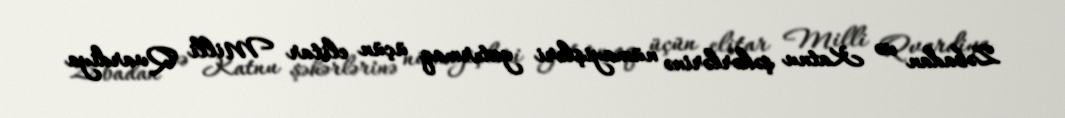
Zəbadan və Katnu şəhərlərinə nümayişləri yatırmaq üçün elitar Milli Qvardiya